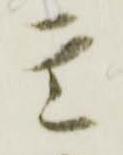
玄